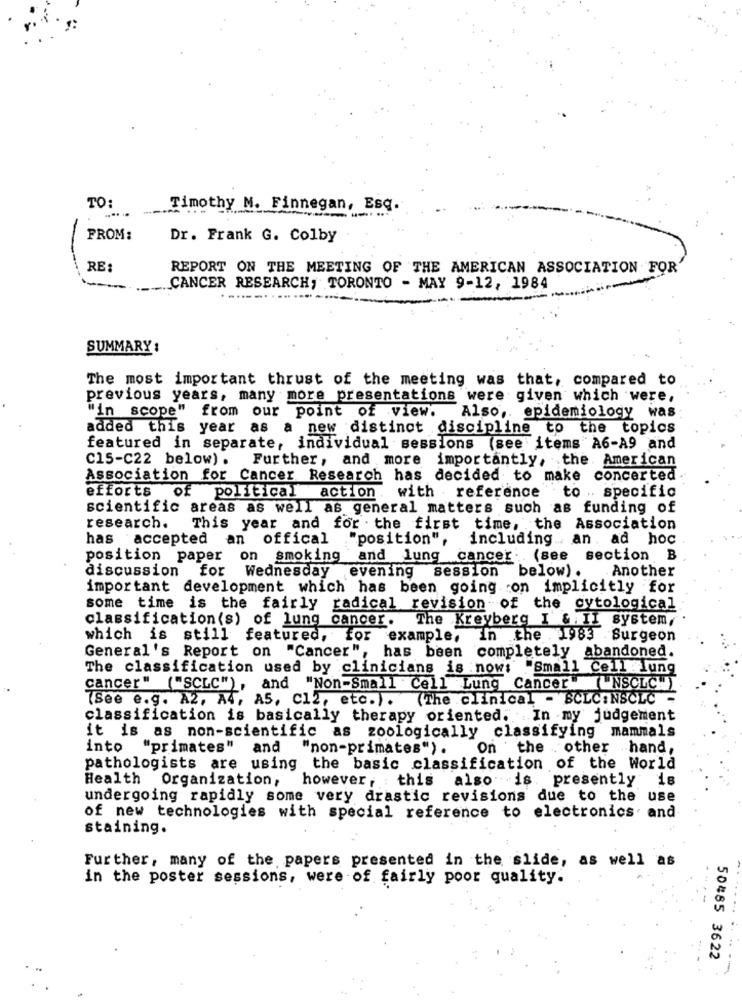
TO:
.... ..
Timothy M. Finnegan, Esq.
FROM:
Dr. Frank G. Colby
RE:
REPORT ON THE MEETING OF THE AMERICAN ASSOCIATION FOR
--
CANCER RESEARCH, TORONTO - MAY 9-12, 1984
..........
SUMMARY :
The most important thrust of the meeting was that, compared to
previous years, many more presentations were given which were,
"in scope"
from our point of view.
Also, epidemiology was
added this year as a new distinct discipline to the topics
featured in separate, individual sessions (see items A6-A9 and
C15-C22 below) .
Further, and more importantly, the American
Association for Cancer Research has decided to make concerted
efforts
of political
action.
with reference to . specific
scientific areas as well as general matters such as funding of
research. This year and for the first time, the Association
has accepted an offical
:"position",
including . an. ad hoc
position paper on smoking
and lung cancer: (see section B
discussion for Wednesday evening session below).
Another
important development which has been going on implicitly for
some time is the fairly radical revision of the cytological
classification(s) of lung cancer. The Kreyberg I & II system,
which is still featured, for example, in the 1983 Surgeon
General 's Report on "Cancer",
has been completely abandoned.
The classification used by clinicians is now;
"Small Cell lung
cancer" ("SCLC"), and "Non-Small Cell Lung Cancer (NSCLCH)
(See e.g. AZ, A4, AS, C12, etc.).
(The clinical - BCLC:NSCLC
classification is basically therapy oriented. In my judgement
it is as non-scientific as zoologically classifying mammals
into "primates"
and
"non-primates").
On the other hand,
pathologists are using the basic classification of the World
Health Organization,
however, this
also is. presently
18
undergoing rapidly some very drastic revisions due to the use
of new technologies with special reference to electronics and
staining.
Further, many of the papers presented in the slide, as well
as
in the poster sessions, were of fairly poor quality.
--
50485 3622
---